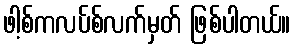
ဖါ့စ်ကလပ်စ်လက်မှတ် ဖြစ်ပါတယ်။